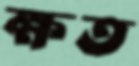
ক্ষত